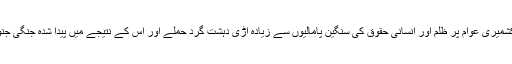
اڑی حملے کے بعد مسئلہ کشمیر نہتے کشمیری عوام پر ظلم اور انسانی حقوق کی سنگین پامالیوں سے زیادہ اڑی دہشت گرد حملے اور اس کے نتیجے میں پیدا شدہ جنگی جنوں کی وجہ سے فلیش پوائنٹ بن گیا ہے۔